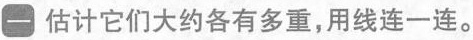
一 估计它们大约各有多重，用线连一连。